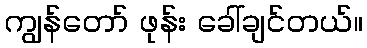
ကျွန်တော် ဖုန်း ခေါ်ချင်တယ်။